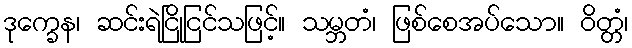
ဒုက္ခေန၊ ဆင်းရဲငြိုငြင်သဖြင့်။ သမ္ဘတံ၊ ဖြစ်စေအပ်သော။ ဝိတ္တံ၊